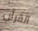
القرآن